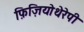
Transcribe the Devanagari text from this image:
फ़िज़ियोथेरेपी